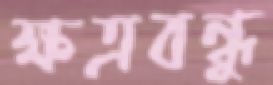
ক্ষত্রবন্ধু